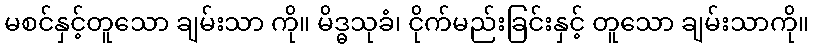
မစင်နှင့်တူသော ချမ်းသာ ကို။ မိဒ္ဓသုခံ၊ ငိုက်မည်းခြင်းနှင့် တူသော ချမ်းသာကို။